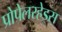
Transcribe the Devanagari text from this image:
प्रोपेलरहेड्स